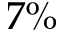
7 \%